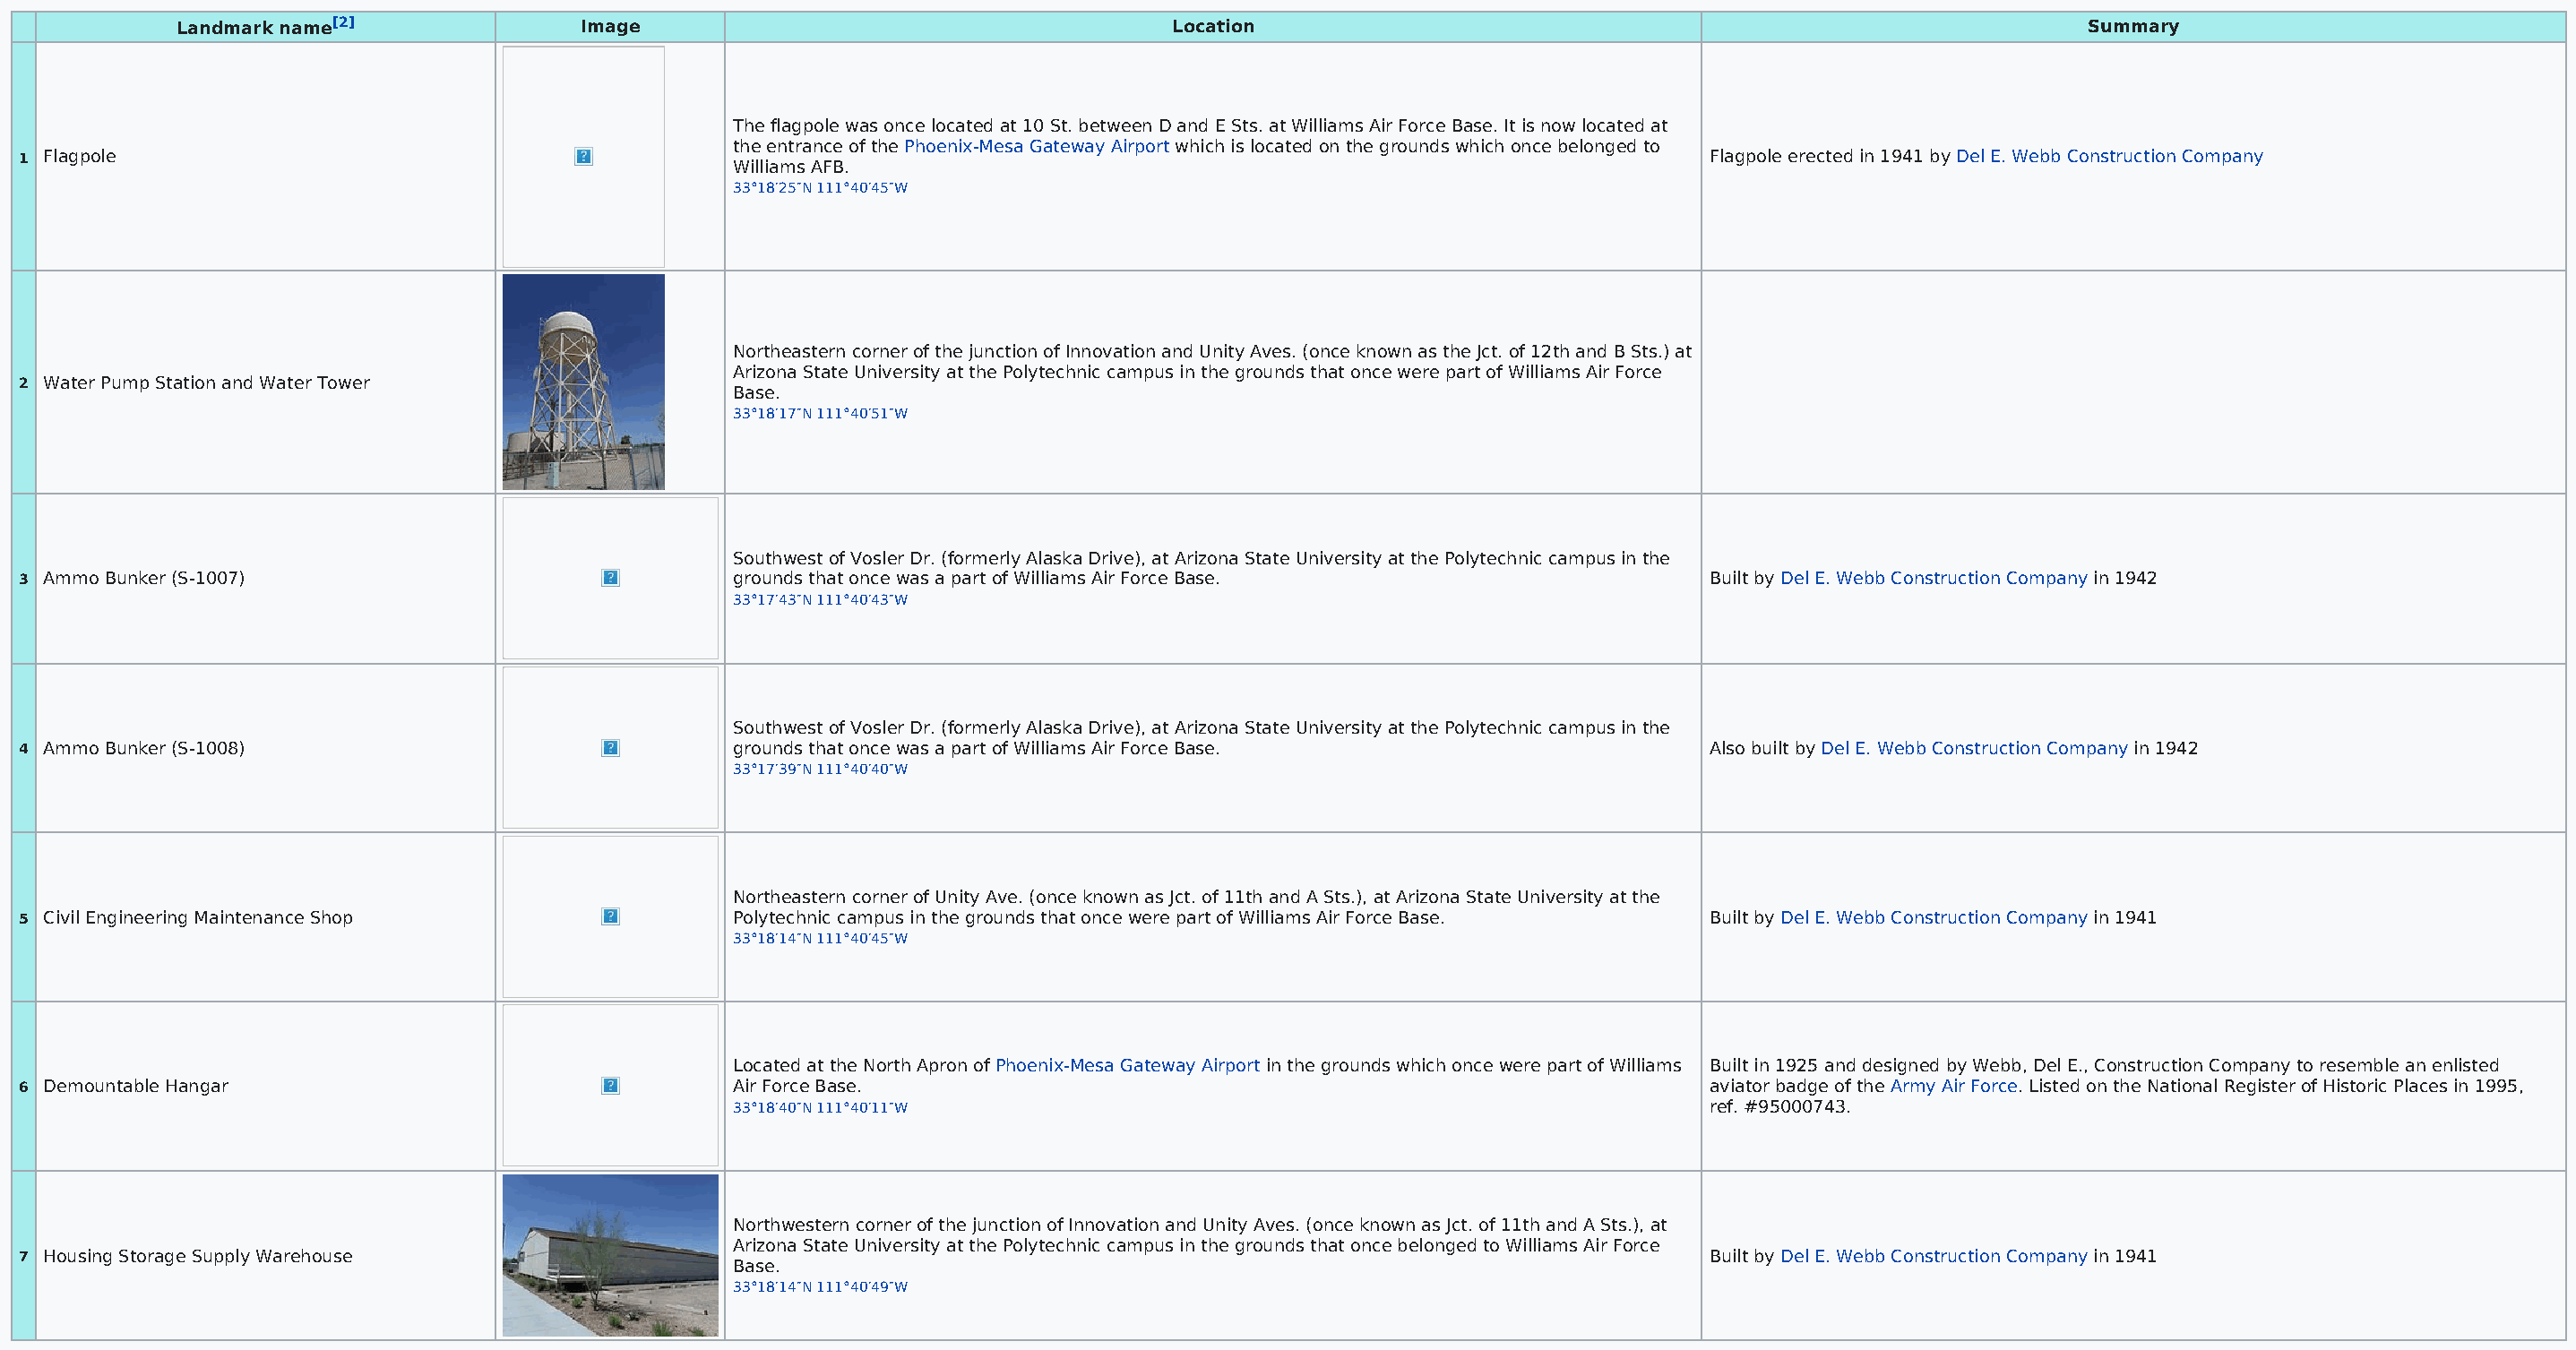
Landmark name[2]              Image                                       Location                                                           Summary
 The flagpole was once located at 10 St. between D and E Sts. at Williams Air Force Base. It is now located at
 the entrance of the Phoenix-Mesa Gateway Airport which is located on the grounds which once belonged to
 1 Flagpole                                                                                                                   Flagpole erected in 1941 by Del E. Webb Construction Company
 Williams AFB.
 33°18′25″N 111°40′45″W
 Northeastern corner of the junction of Innovation and Unity Aves. (once known as the Jct. of 12th and B Sts.) at
 Arizona State University at the Polytechnic campus in the grounds that once were part of Williams Air Force
 2 Water Pump Station and Water Tower
 Base.
 33°18′17″N 111°40′51″W
 Southwest of Vosler Dr. (formerly Alaska Drive), at Arizona State University at the Polytechnic campus in the
 3 Ammo Bunker (S-1007)                               grounds that once was a part of Williams Air Force Base.                Built by Del E. Webb Construction Company in 1942
 33°17′43″N 111°40′43″W
 Southwest of Vosler Dr. (formerly Alaska Drive), at Arizona State University at the Polytechnic campus in the
 4 Ammo Bunker (S-1008)                               grounds that once was a part of Williams Air Force Base.                Also built by Del E. Webb Construction Company in 1942
 33°17′39″N 111°40′40″W
 Northeastern corner of Unity Ave. (once known as Jct. of 11th and A Sts.), at Arizona State University at the
 5 Civil Engineering Maintenance Shop                 Polytechnic campus in the grounds that once were part of Williams Air Force Base. Built by Del E. Webb Construction Company in 1941
 33°18′14″N 111°40′45″W
 Located at the North Apron of Phoenix-Mesa Gateway Airport in the grounds which once were part of Williams Built in 1925 and designed by Webb, Del E., Construction Company to resemble an enlisted
 6 Demountable Hangar                                 Air Force Base.                                                         aviator badge of the Army Air Force. Listed on the National Register of Historic Places in 1995,
 33°18′40″N 111°40′11″W                                                  ref. #95000743.
 Northwestern corner of the junction of Innovation and Unity Aves. (once known as Jct. of 11th and A Sts.), at
 Arizona State University at the Polytechnic campus in the grounds that once belonged to Williams Air Force
 7 Housing Storage Supply Warehouse                                                                                           Built by Del E. Webb Construction Company in 1941
 Base.
 33°18′14″N 111°40′49″W